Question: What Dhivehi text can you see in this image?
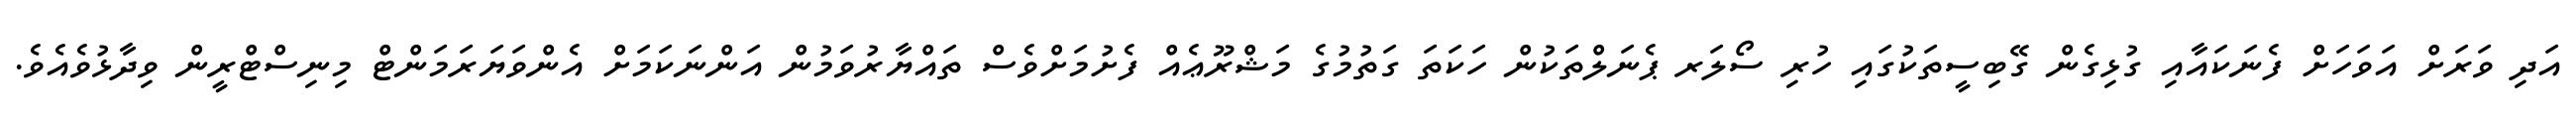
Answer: އަދި ވަރަށް އަވަހަށް ފެނަކައާއި ގުޅިގެން ގޭބިސީތަކުގައި ހުރި ސޯލަރ ޕެނަލްތަކުން ހަކަތަ ގަތުމުގެ މަޝްރޫޢެއް ފެށުމަށްވެސް ތައްޔާރުވަމުން އަންނަކަމަށް އެންވަޔަރަމަންޓް މިނިސްޓްރީން ވިދާޅުވެއެވެ.